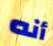
أنه